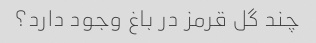
چند گل قرمز در باغ وجود دارد؟